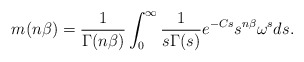
\begin{align*}m(n\beta)=\frac{1}{\Gamma(n\beta)}\int_{0}^{\infty}\frac{1}{s\Gamma(s)}e^{-Cs}s^{n\beta}{\omega}^{s}ds.\end{align*}